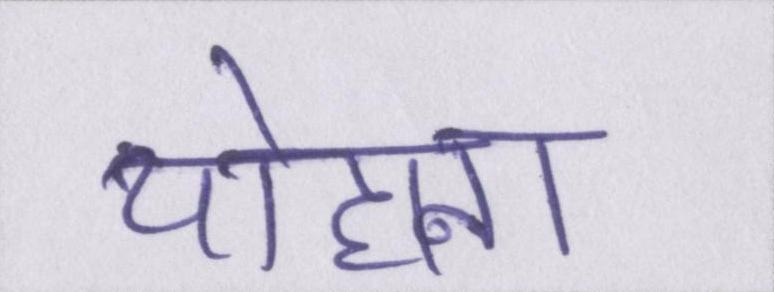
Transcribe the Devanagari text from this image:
योहाना